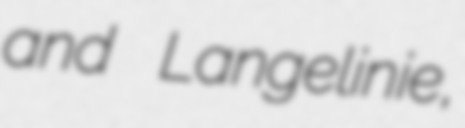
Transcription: and Langelinie,